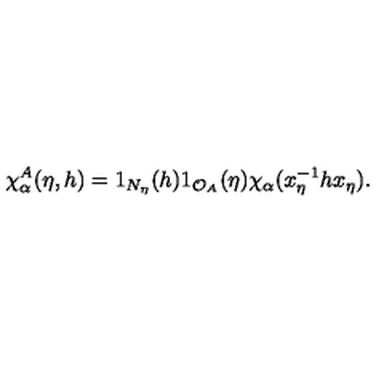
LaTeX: \chi _ { \alpha } ^ { A } ( \eta , h ) = 1 _ { N _ { \eta } } ( h ) 1 _ { \mathcal { O } _ { A } } ( \eta ) \chi _ { \alpha } ( x _ { \eta } ^ { - 1 } h x _ { \eta } ) .